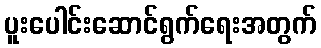
ပူးပေါင်းဆောင်ရွက်ရေးအတွက်